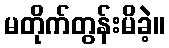
မတိုက်တွန်းမိခဲ့။